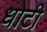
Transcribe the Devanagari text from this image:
धोटी